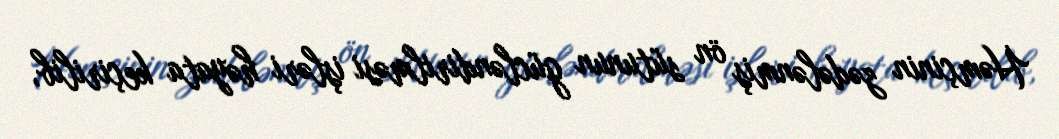
Həmçinin zədələnmiş ön sütunun gücləndirilməsi işləri həyata keçirilib,